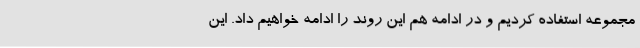
مجموعه استفاده کردیم و در ادامه هم این روند را ادامه خواهیم داد. این